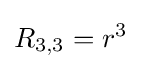
R_{3,3}=r^{3}